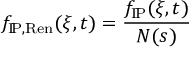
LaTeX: f _ { \mathrm { I \! P , R e n } } ( \xi , t ) = \frac { f _ { \mathrm { I \! P } } ( \xi , t ) } { N ( s ) }